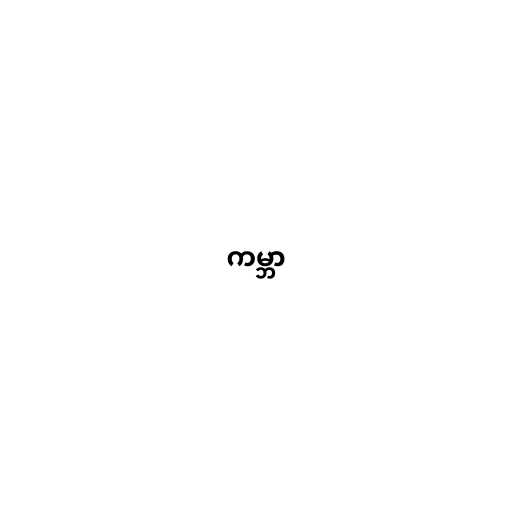
ကမ္ဘာ